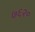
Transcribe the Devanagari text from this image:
७६२०